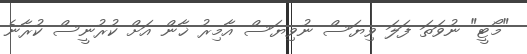
"މޯޓީ" ނުވަތަ ފަލަ ވިޔަސް ނުވިޔަސް އާމިރު ޚާން އަށް ކުރުނީސް ކުރާނެ